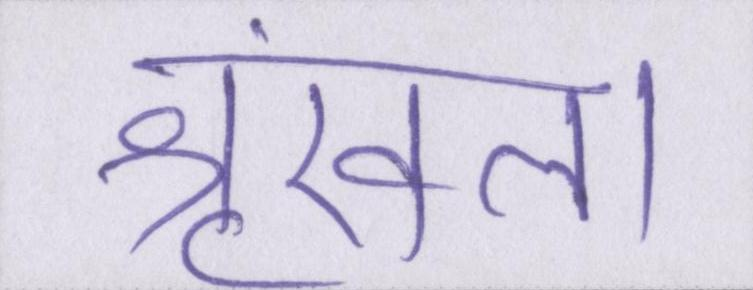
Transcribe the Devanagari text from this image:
श्रृंखला